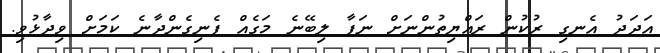
އަދަދު އެނގި ރުކުން ރައްޔިތުންނަށް ނަފާ ލިބޭނެ މަގެއް ފެނިގެންދާނެ ކަމަށް ވިދާޅުވި.